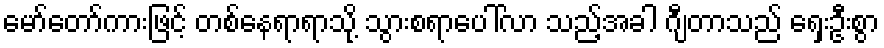
မော်တော်ကားဖြင့် တစ်နေရာရာသို့ သွားစရာပေါ်လာ သည့်အခါ ဂျီတာသည် ရှေးဦးစွာ